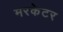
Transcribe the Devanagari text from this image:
मरकेटर